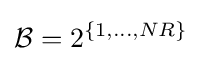
{\mathcal {B}}=2^{\{1,...,NR\}}